Report of the Indian Hemp Drugs Commission, 1894-1895 - Volume IV
Year: 1894
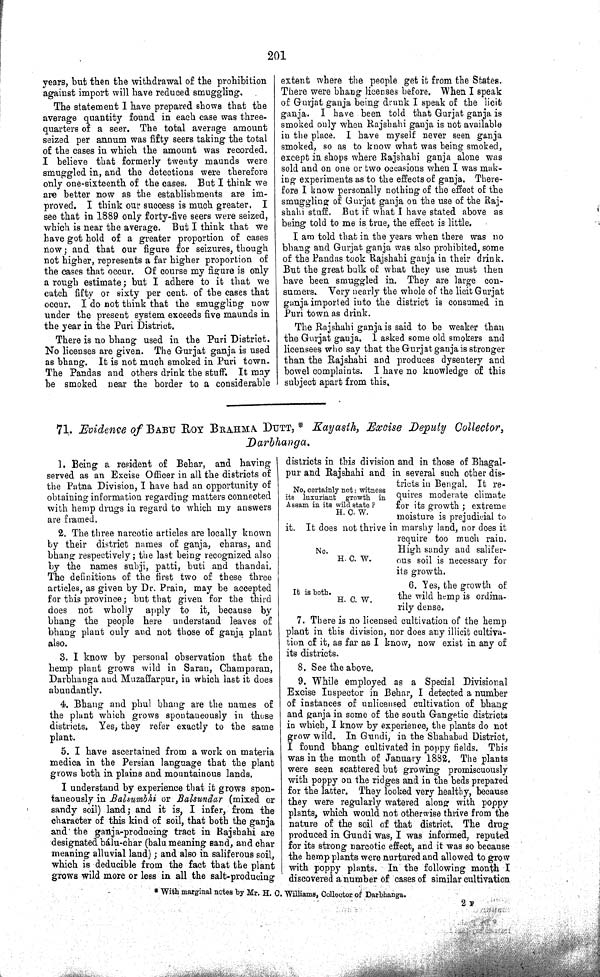
201
years, but then the withdrawal of the prohibition
against import will have reduced smuggling.
The statement I have prepared shows that the
average quantity found in each case was three-
quarters of a seer. The total average amount
seized per annum was fifty seers taking the total
of the cases in which the amount was recorded.
I believe that formerly twenty maunds were
smuggled in, and the detections were therefore
only one-sixteenth of the cases. But I think we
are better now as the establishments are im-
proved. I think our success is much greater. I
see that in 1889 only forty-five seers were seized,
which is near the average. But I think that we
have got hold of a greater proportion of cases
now; and that our figure for seizures, though
not higher, represents a far higher proportion of
the cases that occur. Of course my figure is only
a rough estimate; but I adhere to it that we
catch fifty or sixty per cent. of the cases that
occur. I do not think that the smuggling now
under the present system exceeds five maunds in
the year in the Puri District.
There is no bhang used in the Puri District.
No licenses are given. The Gurjat ganja is used
as bhang. It is not much smoked in Puri town.
The Pandas and others drink the stuff. It may
be smoked near the border to a considerable
extent where the people get it from the States.
There were bhang licenses before. When I speak
of Gurjat ganja being drunk I speak of the licit
ganja. I have been told that Gurjat ganja is
smoked only when Rajshahi ganja is not available
in the place. I have myself never seen ganja
smoked, so as to know what was being smoked,
except in shops where Rajshahi ganja alone was
sold and on one or two occasions when I was mak-
ing experiments as to the effects of ganja. There-
fore I know personally nothing of the effect of the
smuggling of Gurjat ganja on the use of the Raj-
shahi stuff. But if what I have stated above as
being told to me is true, the effect is little.
I am told that in the years when there was no
bhang and Gurjat ganja was also prohibited, some
of the Pandas took Rajshahi ganja in their drink.
But the great bulk of what they use must then
have been smuggled in. They are large con-
sumers. Very nearly the whole of the licit Gurjat
ganja imported into the district is consumed in
Puri town as drink.
The Rajshahi ganja is said to be weaker than
the Gurjat ganja. I asked some old smokers and
licensees who say that the Gurjat ganja is stronger
than the Rajshahi and produces dysentery and
bowel complaints. I have no knowledge of this
subject apart from this.
71. Evidence of BABU ROY BRAHMA DUTT, * Kayasth, Excise Deputy Collector,
Darbhanga.
1.
Being a resident of Behar, and having
served as an Excise Officer in all the districts of
the Patna Division, I have had an opportunity of
obtaining information regarding matters connected
with hemp drugs in regard to which my answers
are framed.
2. The three narcotic articles are locally known
by their district names of ganja, charas, and
bhang respectively; the last being recognized also
by the names subji, patti, buti and thandai.
The definitions of the first two of these three
articles, as given by Dr. Prain, may be accepted
for this province; but that given for the third
does not wholly
apply to it, because by
bhang the people here understand leaves of
bhang plant only and not those of ganja plant
also.
3. I know by personal observation that the
hemp plant grows wild in Saran, Champaran,
Darbhanga and Muzaffarpur, in which last it does
abundantly.
4. Bhang and phul bhang are the names of
the plant which grows spontaneously in those
districts. Yes, they refer exactly to the same
plant.
5. I have ascertained from a work on materia
medica in the Persian language that the plant
grows both in plains and mountainous lands.
I understand by experience that it grows spon-
taneously in Balsumbhi or Balsundar
(mixed or
sandy soil) land; and it is, I infer, from the
character of this kind of soil, that both the ganja
and the ganja-producing tract in Rajshahi are
designated bálu-char (balu meaning sand, and char
meaning alluvial land); and also in saliferous soil,
which is deducible from the fact that the plant
grows wild more or less in all the salt-producing
No, certainly not: witness
its luxuriant growth in
Assam in its wild state?
H. C. W.
No.
H. C. W.
districts in this division and in those of Bhagal-
pur and Rajshahi and in several such other dis-
tricts in Bengal. It re-
quires moderate climate
for its growth; extreme
moisture is prejudicial to
it. It does not thrive in marshy land, nor does it
require too much rain.
High sandy and salifer-
ous soil is necessary for
its growth.
It is both.
H. C. W.
6. Yes, the growth of
the wild hemp is ordina-
rily dense.
7. There is no licensed cultivation of the hemp
plant in this division, nor does any illicit cultiva-
tion of it, as far as I know, now exist in any of
its districts.
8. See the above.
9. While employed as a Special Divisional
Excise Inspector in Behar, I detected a number
of instances of unlicensed cultivation of bhang
and ganja in some of the south Gangetic districts
in which, I know by experience, the plants do not
grow wild. In Gundi, in the Shahabad District,
I found bhang cultivated in poppy fields. This
was in the month of January 1882. The plants
were seen scattered but growing promiscuously
with poppy on the ridges and in the beds prepared
for the latter. They looked very healthy, because
they were regularly watered along with poppy
plants, which would not otherwise thrive from the
nature of the soil of that district. The drug
produced in Gundi was, I was informed, reputed
for its strong narcotic effect, and it was so because
the hemp plants were nurtured and allowed to grow
with poppy plants. In the following month I
discovered a number of cases of similar cultivation
* With marginal notes by Mr. H. C. Williams, Collector of Darbhanga.
2 F